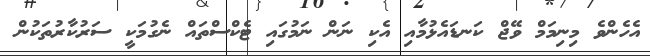
އެހެންވެ މިނިމަމް ވޭޖް ކަނޑައެޅުމާއި އެކި ނަން ނަމުގައި ޓެކްސްތައް ނެގުމަކީ ސަރުކާރުތަކުން